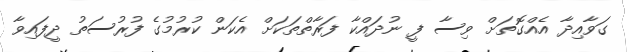
ގަވާއިދާ އެއްގޮތަށް ވިސާ ފީ ނުދައްކާ ފަރާތްތަކަށް އެކަން ކުރުމުގެ ފުރުސަތު ދީފައިވާ